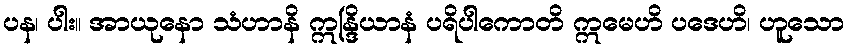
ပန၊ ပါး။ အာယုနော သံဟာနိ ဣန္ဒြိယာနံ ပရိပါကောတိ ဣမေဟိ ပဒေဟိ၊ ဟူသော